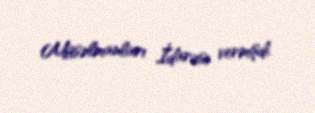
Müsəlmanları İdarəsi vermişdi.